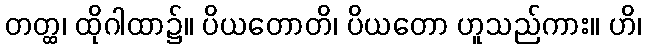
တတ္ထ၊ ထိုဂါထာ၌။ ပိယတောတိ၊ ပိယတော ဟူသည်ကား။ ဟိ၊